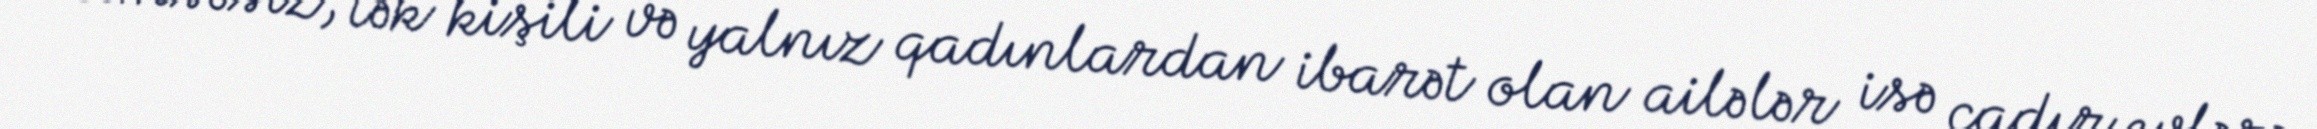
Kimsəsiz, tək kişili və yalnız qadınlardan ibarət olan ailələr isə çadır evlərə